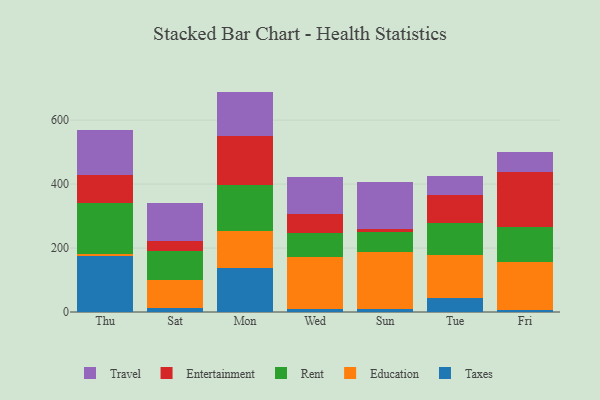
{"axis": {"x": "Day", "y": "Churn Rate (%)"}, "legend": ["Education", "Entertainment", "Rent", "Taxes", "Travel"], "data": [{"x": "Thu", "y": 174.5, "type": "Taxes"}, {"x": "Thu", "y": 5.9, "type": "Education"}, {"x": "Thu", "y": 160.0, "type": "Rent"}, {"x": "Thu", "y": 88.1, "type": "Entertainment"}, {"x": "Thu", "y": 140.6, "type": "Travel"}, {"x": "Sat", "y": 13.2, "type": "Taxes"}, {"x": "Sat", "y": 87.8, "type": "Education"}, {"x": "Sat", "y": 89.7, "type": "Rent"}, {"x": "Sat", "y": 32.0, "type": "Entertainment"}, {"x": "Sat", "y": 117.0, "type": "Travel"}, {"x": "Mon", "y": 137.0, "type": "Taxes"}, {"x": "Mon", "y": 116.4, "type": "Education"}, {"x": "Mon", "y": 144.7, "type": "Rent"}, {"x": "Mon", "y": 150.9, "type": "Entertainment"}, {"x": "Mon", "y": 140.4, "type": "Travel"}, {"x": "Wed", "y": 9.5, "type": "Taxes"}, {"x": "Wed", "y": 163.3, "type": "Education"}, {"x": "Wed", "y": 75.2, "type": "Rent"}, {"x": "Wed", "y": 58.4, "type": "Entertainment"}, {"x": "Wed", "y": 116.4, "type": "Travel"}, {"x": "Sun", "y": 10.3, "type": "Taxes"}, {"x": "Sun", "y": 176.7, "type": "Education"}, {"x": "Sun", "y": 64.1, "type": "Rent"}, {"x": "Sun", "y": 8.1, "type": "Entertainment"}, {"x": "Sun", "y": 147.0, "type": "Travel"}, {"x": "Tue", "y": 43.2, "type": "Taxes"}, {"x": "Tue", "y": 135.2, "type": "Education"}, {"x": "Tue", "y": 101.0, "type": "Rent"}, {"x": "Tue", "y": 88.1, "type": "Entertainment"}, {"x": "Tue", "y": 57.4, "type": "Travel"}, {"x": "Fri", "y": 7.6, "type": "Taxes"}, {"x": "Fri", "y": 149.5, "type": "Education"}, {"x": "Fri", "y": 107.7, "type": "Rent"}, {"x": "Fri", "y": 171.8, "type": "Entertainment"}, {"x": "Fri", "y": 63.0, "type": "Travel"}]}